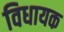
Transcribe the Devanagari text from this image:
विधायक